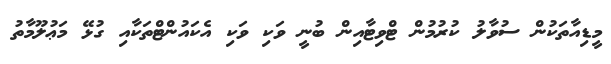
މީޑިއާތަކުން ސުވާލު ކުރުމުން ޓްވިޓާއިން ބުނީ ވަކި ވަކި އެކައުންޓްތަކާއި ގުޅޭ މަޢުލޫމާތު